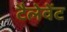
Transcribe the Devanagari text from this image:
टैलेवेंट